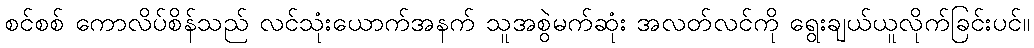
စင်စစ် ကောလိပ်စိန်သည် လင်သုံးယောက်အနက် သူအစွဲမက်ဆုံး အလတ်လင်ကို ရွေးချယ်ယူလိုက်ခြင်းပင်။